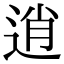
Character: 逍